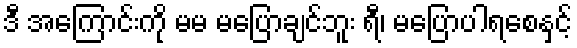
ဒီ အကြောင်းကို မမ မပြောချင်ဘူး ရီ၊ မပြောပါရစေနှင့်